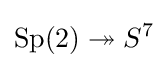
\operatorname {Sp} (2)\twoheadrightarrow S^{7}